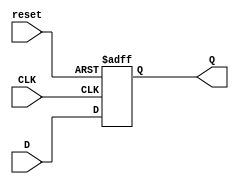
module FF(D, CLK, reset, Q);

	input D, CLK, reset;
	output reg Q;


	always @ (posedge CLK or negedge reset) begin
		if(~reset)
			Q <= 1'b0;
		else
			Q <= D;
	end

endmodule